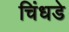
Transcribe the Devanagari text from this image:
चिंधडे